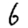
Digit: 6